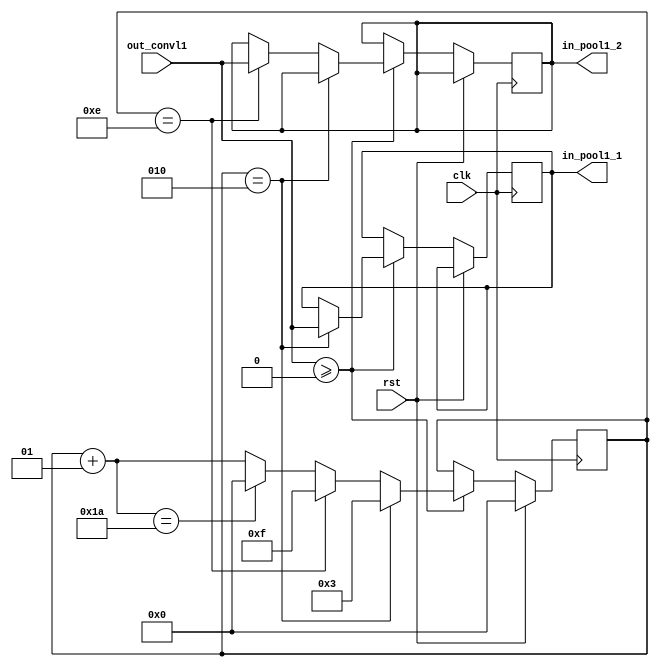
//*************************************************//
//*******************************************//
//*******************************************************//
//***************************************************//
//********************CNNFPGA******************//
//********************2019.06.01*******************************//
//*************************************************//

module clk2(
	clk,
	rst,
	out_convl1,
	
	in_pool1_1,
	in_pool1_2
);

input clk;
input rst;
input [447:0] out_convl1; //
 
output reg [447:0] in_pool1_1; //1
output reg [447:0] in_pool1_2; ////2

integer count;

always @(posedge clk)
begin
	if(rst) count = 0;

	else begin
		if(out_convl1>=0) begin
			if(count==2) begin
				in_pool1_1 = out_convl1;
				count = 3;
				//$display("in_pool1_1 = %h", in_pool1_1);
			end
			
			else if(count==14) begin
				in_pool1_2 = out_convl1;
				count = 15;
				//$display("in_pool1_2 = %h", in_pool1_2);
			end
			
			else begin
				count = count + 1;
				if(count==26) begin
					count = 0;
				end
			end
		end
	end
end

endmodule